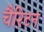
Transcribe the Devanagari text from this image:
चैरिटन